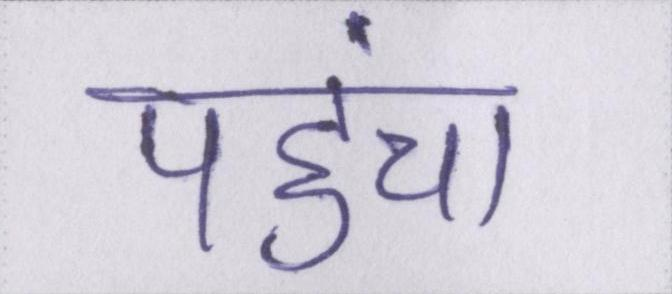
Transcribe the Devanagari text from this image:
पहुंचा